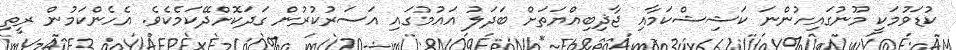
ކުޑަވުމަކީ މޫނުގައިހުންނަ ކަޝިޝްކަމާއި ޖާޛިބިއްޔަތަށް ބަދަލު އައުމުގައި އަސަރުކުރުން ގަދަކޮށްދޭކަމެކެވެ. އެހެންކަމުން ރީތި